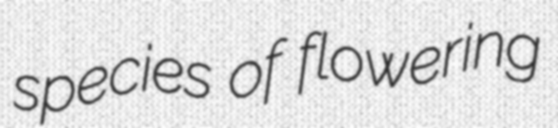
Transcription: species of flowering